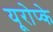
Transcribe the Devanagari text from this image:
यूरोप्के